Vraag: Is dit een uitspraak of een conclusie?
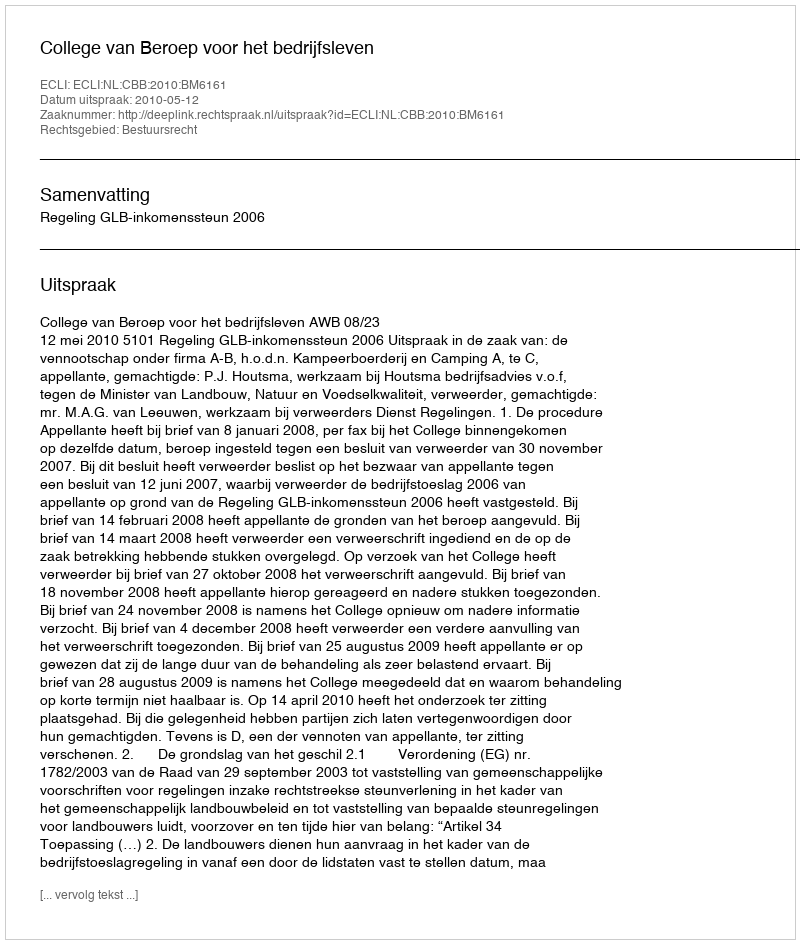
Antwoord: Uitspraak